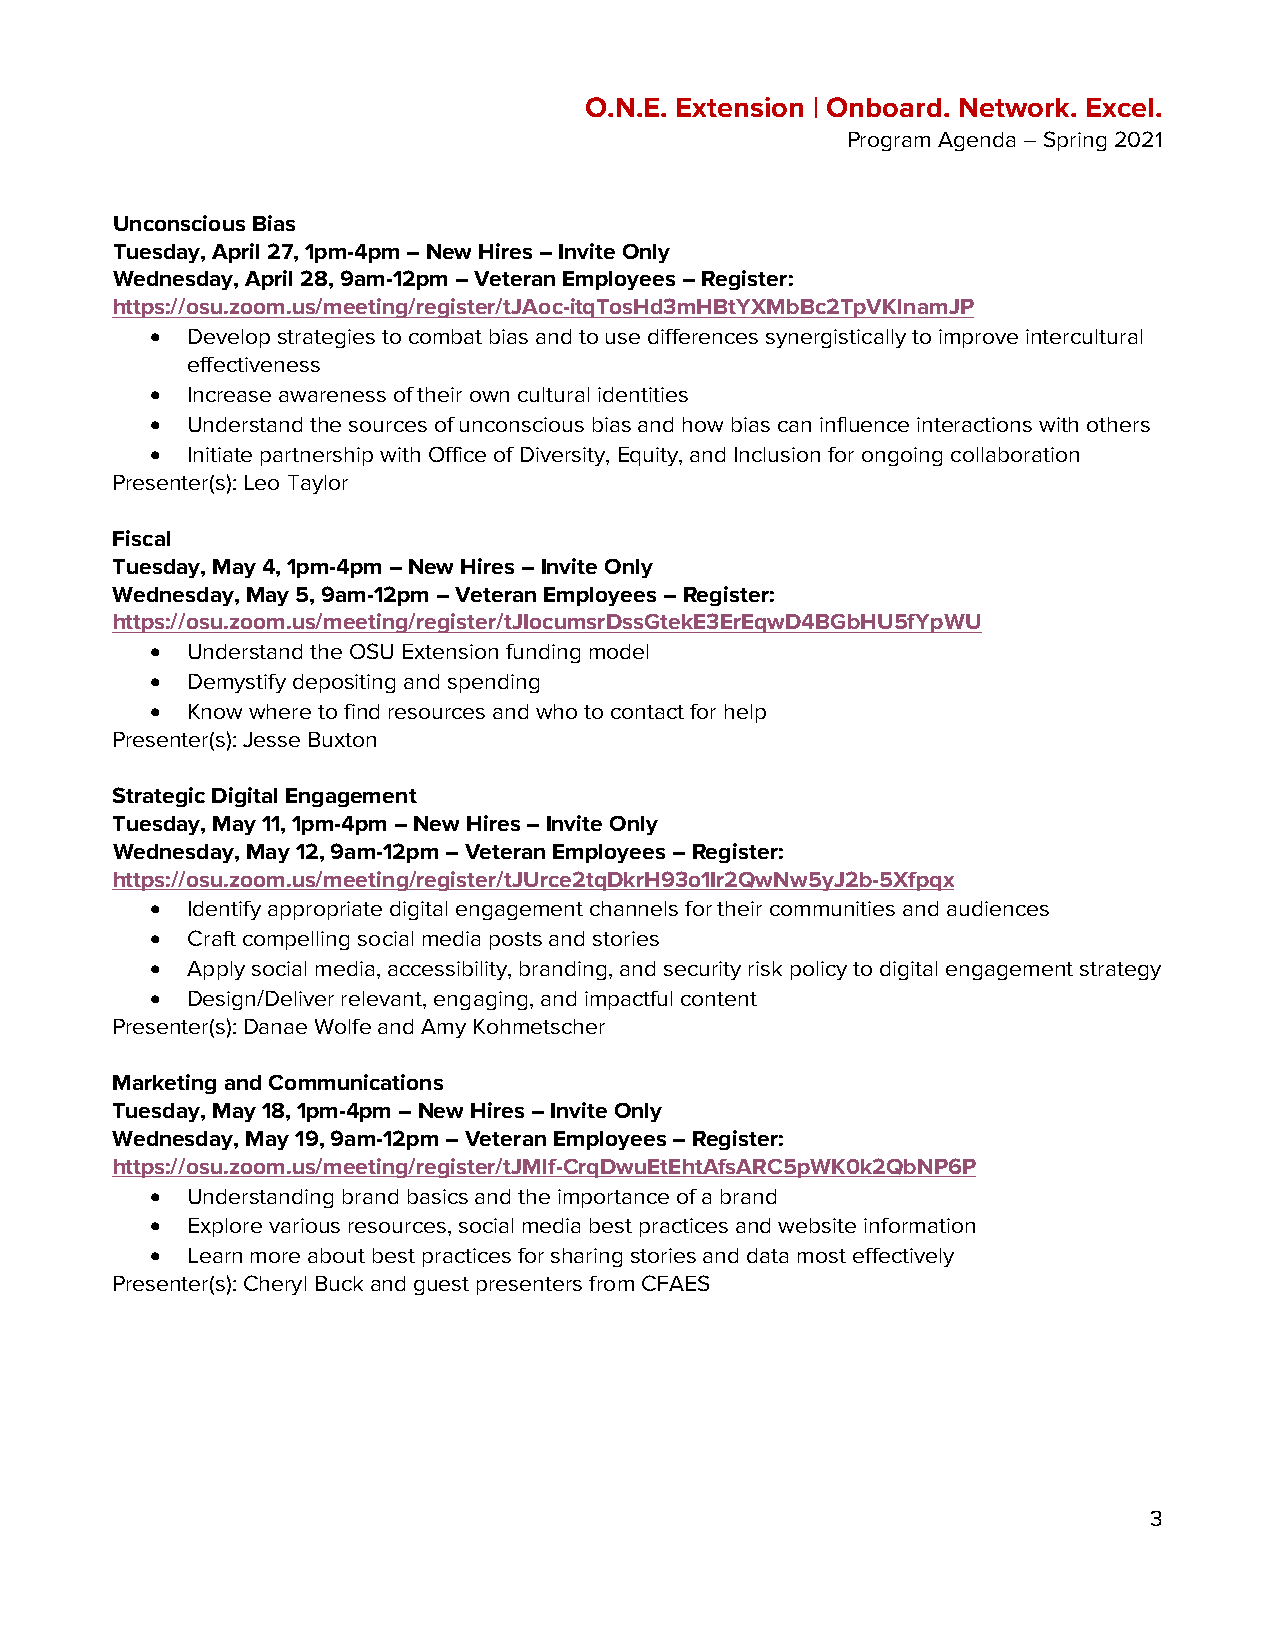
O.N.E. Extension | Onboard. Network. Excel.
 Program Agenda – Spring 2021
 Unconscious Bias
 Tuesday, April 27, 1pm-4pm – New Hires – Invite Only
 Wednesday, April 28, 9am-12pm – Veteran Employees – Register:
 https://osu.zoom.us/meeting/register/tJAoc-itqTosHd3mHBtYXMbBc2TpVKlnamJP
 • Develop strategies to combat bias and to use differences synergistically to improve intercultural
 effectiveness
 • Increase awareness of their own cultural identities
 • Understand the sources of unconscious bias and how bias can influence interactions with others
 • Initiate partnership with Office of Diversity, Equity, and Inclusion for ongoing collaboration
 Presenter(s): Leo Taylor
 Fiscal
 Tuesday, May 4, 1pm-4pm – New Hires – Invite Only
 Wednesday, May 5, 9am-12pm – Veteran Employees – Register:
 https://osu.zoom.us/meeting/register/tJIocumsrDssGtekE3ErEqwD4BGbHU5fYpWU
 • Understand the OSU Extension funding model
 • Demystify depositing and spending
 • Know where to find resources and who to contact for help
 Presenter(s): Jesse Buxton
 Strategic Digital Engagement
 Tuesday, May 11, 1pm-4pm – New Hires – Invite Only
 Wednesday, May 12, 9am-12pm – Veteran Employees – Register:
 https://osu.zoom.us/meeting/register/tJUrce2tqDkrH93o1Ir2QwNw5yJ2b-5Xfpqx
 • Identify appropriate digital engagement channels for their communities and audiences
 • Craft compelling social media posts and stories
 • Apply social media, accessibility, branding, and security risk policy to digital engagement strategy
 • Design/Deliver relevant, engaging, and impactful content
 Presenter(s): Danae Wolfe and Amy Kohmetscher
 Marketing and Communications
 Tuesday, May 18, 1pm-4pm – New Hires – Invite Only
 Wednesday, May 19, 9am-12pm – Veteran Employees – Register:
 https://osu.zoom.us/meeting/register/tJMlf-CrqDwuEtEhtAfsARC5pWK0k2QbNP6P
 • Understanding brand basics and the importance of a brand
 • Explore various resources, social media best practices and website information
 • Learn more about best practices for sharing stories and data most effectively
 Presenter(s): Cheryl Buck and guest presenters from CFAES
 3